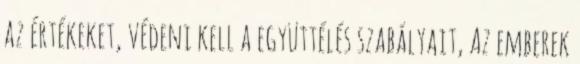
az értékeket, védeni kell a együttélés szabályait, Az emberek